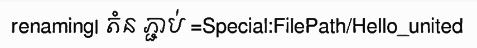
renaming| តំន ភ្ជាប់ =Special:FilePath/Hello_united